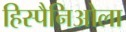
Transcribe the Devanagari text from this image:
हिस्पैनिओला